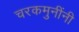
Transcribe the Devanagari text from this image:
चरकमुनींनी